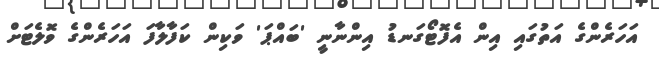
އަހަރެންގެ އަތުގައި އިން އެފޮޓޯގަނޑު އިންނާނީ 'ބައްޕަ' ވަކިން ކަފާލާފަ އަހަރެންގެ ވޮލެޓަށް